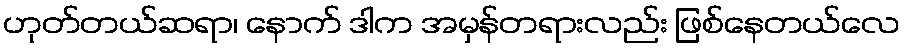
ဟုတ်တယ်ဆရာ၊ နောက် ဒါက အမှန်တရားလည်း ဖြစ်နေတယ်လေ